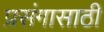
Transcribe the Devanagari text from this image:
प्रसंगासाठी